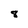
Character: 8